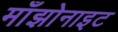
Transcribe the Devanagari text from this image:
माँझोनाइट